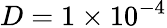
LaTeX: D=1\times 10^{-4}